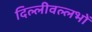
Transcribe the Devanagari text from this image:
दिल्लीवल्लभों